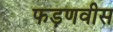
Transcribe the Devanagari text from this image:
फड़णवीस